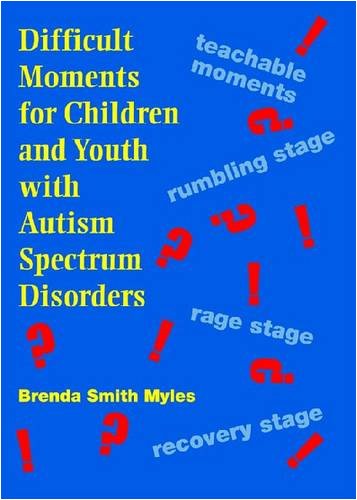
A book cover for Difficult Moments for Children and Youth with Autism Spectrum Disorders; Parenting & Relationships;